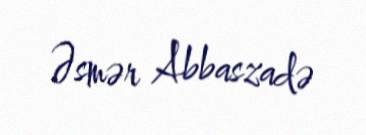
Əsmər Abbaszadə